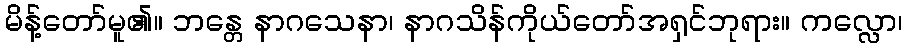
မိန့်တော်မူ၏။ ဘန္တေ နာဂသေနာ၊ နာဂသိန်ကိုယ်တော်အရှင်ဘုရား။ ကလ္လော၊